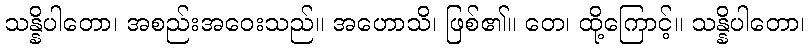
သန္နိပါတော၊ အစည်းအဝေးသည်။ အဟောသိ၊ ဖြစ်၏။ တေ၊ ထို့ကြောင့်။ သန္နိပါတော၊